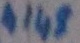
Text: 4148